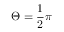
\Theta = { \frac { 1 } { 2 } } \pi